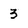
Character: 3